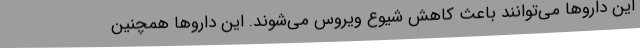
این داروها می‌توانند باعث کاهش شیوع ویروس می‌شوند. این داروها همچنین